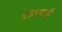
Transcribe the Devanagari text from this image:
वाक्यही